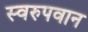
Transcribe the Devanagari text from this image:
स्वरुपवान